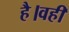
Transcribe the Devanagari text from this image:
है।वहीं